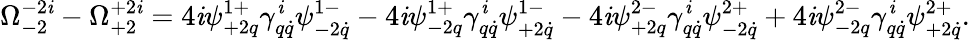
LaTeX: \Omega_{-2}^{-2\mathit{i}}-\Omega_{+2}^{+2\mathit{i}}=4\mathit{i}\psi_{+2q}^{1+}\gamma_{q\dot{{q}}}^{\mathit{i}}\psi_{-2\dot{{q}}}^{1-}-4\mathit{i}\psi_{-2q}^{1+}\gamma_{q\dot{{q}}}^{\mathit{i}}\psi_{+2\dot{{q}}}^{1-}-4\mathit{i}\psi_{+2q}^{2-}\gamma_{q\dot{{q}}}^{\mathit{i}}\psi_{-2\dot{{q}}}^{2+}+4\mathit{i}\psi_{-2q}^{2-}\gamma_{q\dot{{q}}}^{\mathit{i}}\psi_{+2\dot{{q}}}^{2+}.